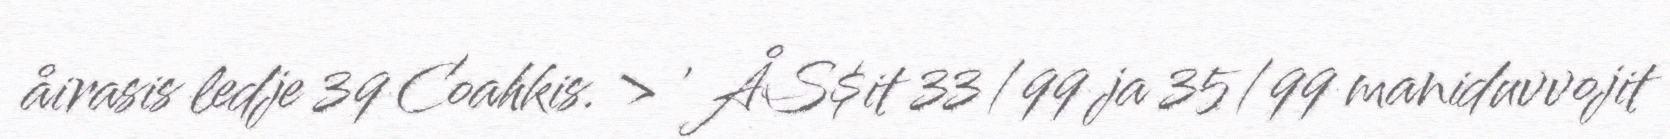
åirasis ledje 39 Coahkis. > ' ÅS$it 33/99 ja 35/99 maniduvvojit